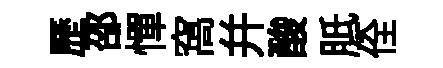
歷邵憚窩幷酸胝佺